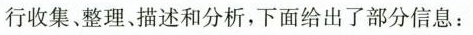
行收集、整理、描述和分析，下面给出了部分信息：